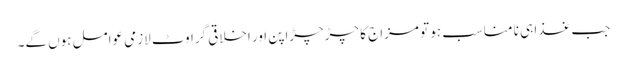
جب غذا ہی نا مناسب ہو تو مزاج کا چڑچڑاپن اور اخلاقی گراوٹ لازمی عوامل ہوں گے۔